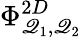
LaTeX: \Phi_{\mathscr{Q}_{1},\mathscr{Q}_{2}}^{2D}